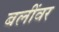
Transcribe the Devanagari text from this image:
बलींवर